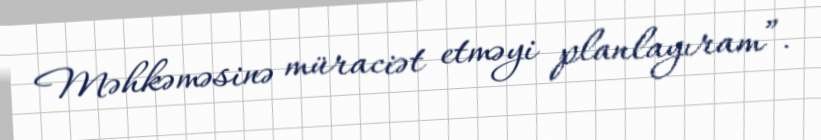
Məhkəməsinə müraciət etməyi planlayıram”.